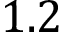
1 . 2